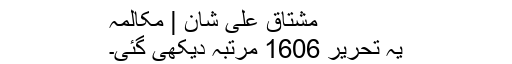
مشتاق علی شان | مکالمہ
یہ تحریر 1606 مرتبہ دیکھی گئی۔